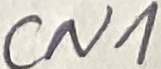
Text: CN1